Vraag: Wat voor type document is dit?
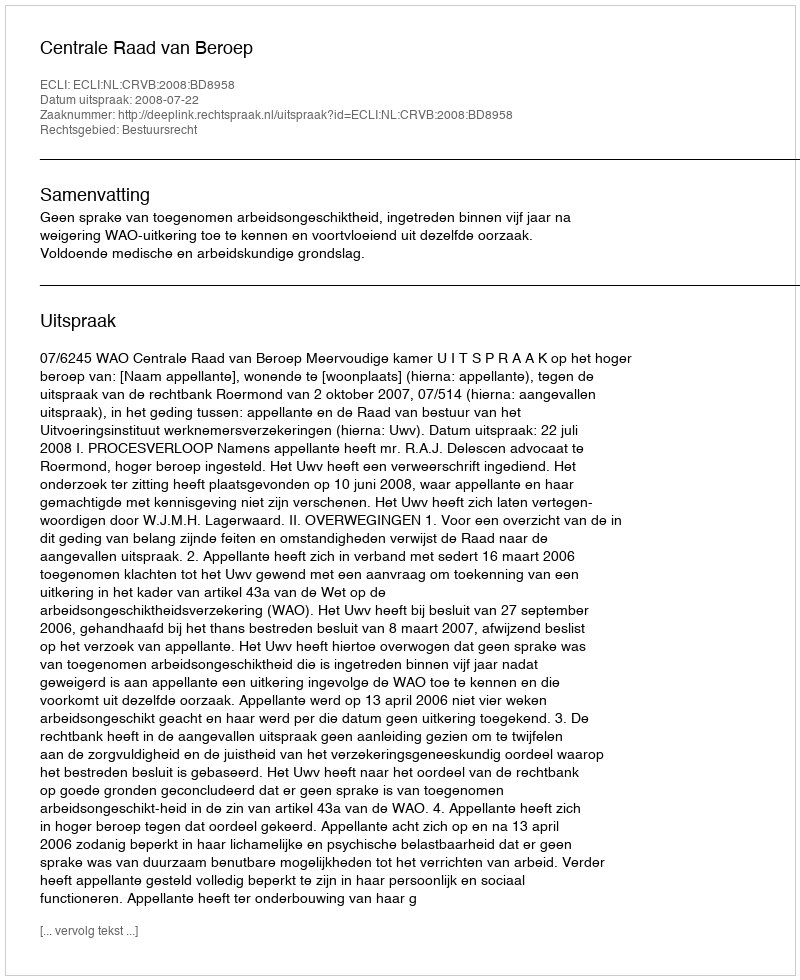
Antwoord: Uitspraak